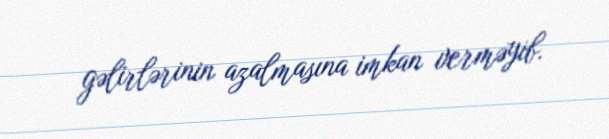
gəlirlərinin azalmasına imkan verməyib.